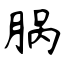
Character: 脶